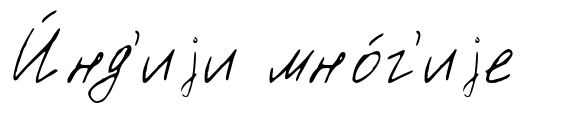
И́нд'иjи мно́г'иjе